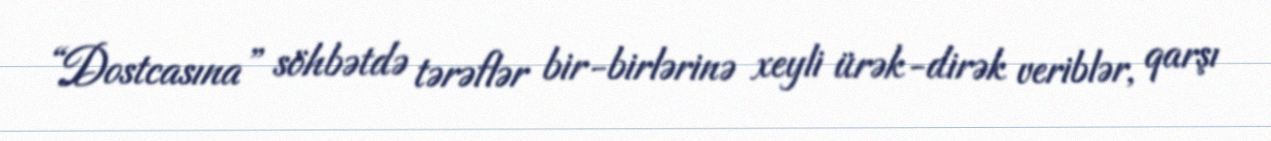
“Dostcasına” söhbətdə tərəflər bir-birlərinə xeyli ürək-dirək veriblər, qarşı